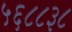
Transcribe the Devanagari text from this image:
५६८८३८